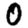
Digit: 0